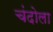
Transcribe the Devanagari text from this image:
चंदोला